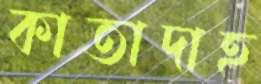
কাতাদাহ